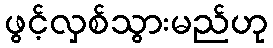
ဖွင့်လှစ်သွားမည်ဟု